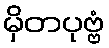
မှိတပုဗ္ဗံ